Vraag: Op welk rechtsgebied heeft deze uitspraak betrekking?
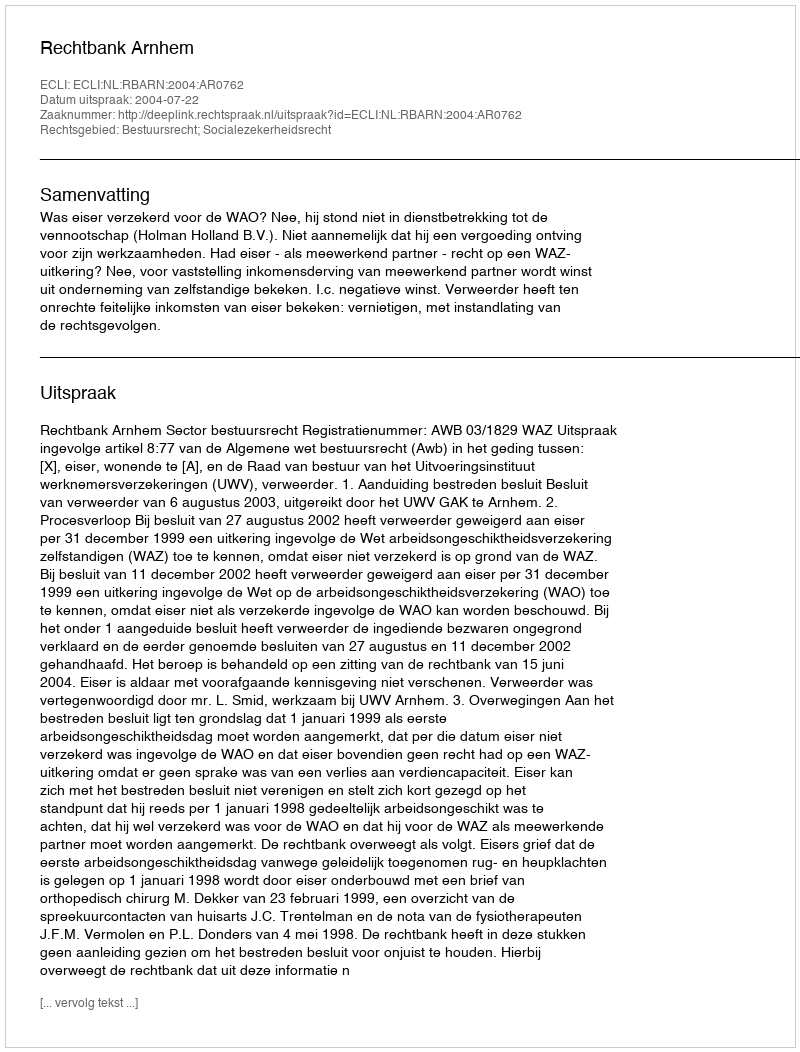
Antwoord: Bestuursrecht; Socialezekerheidsrecht